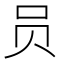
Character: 员